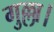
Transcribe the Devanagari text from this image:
गुल्ला।